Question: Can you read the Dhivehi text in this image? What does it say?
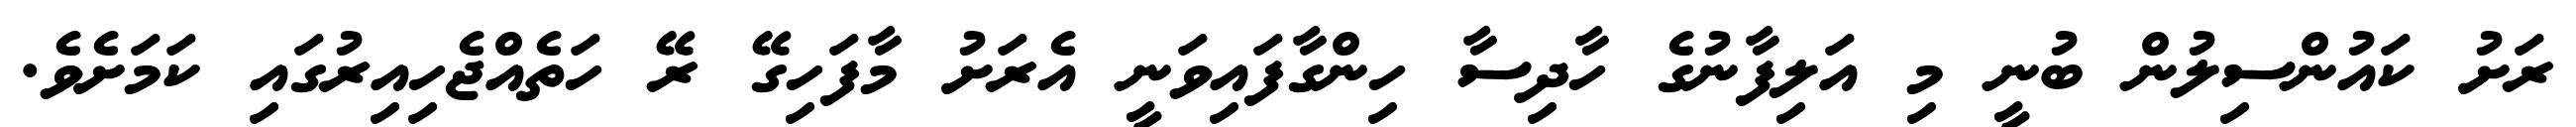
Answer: ރަށު ކައުންސިލުން ބުނީ މި އަލިފާނުގެ ހާދިސާ ހިންގާފައިވަނީ އެރަށު މާފަހިގޭ ރޭ ހަތެއްޖެހިއިރުގައި ކަމަށެވެ.